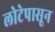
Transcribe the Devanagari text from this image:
लोटेपासून